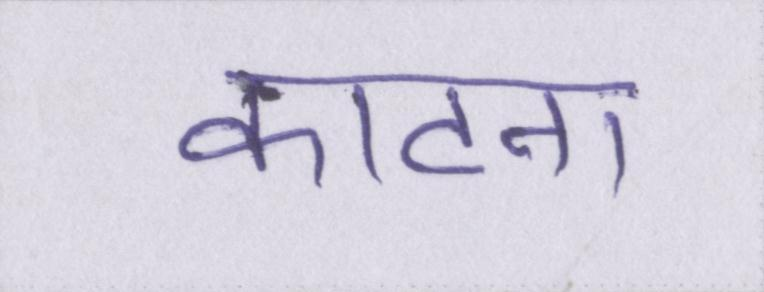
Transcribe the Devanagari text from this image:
काटना